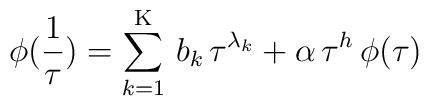
\phi(\frac{1}{\tau}) = \sum_{k=1}^{\mathrm{K}} \, b_k \, \tau^{\lambda_k} +                          \alpha \,\tau^h \, \phi(\tau)